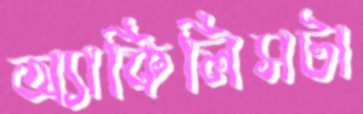
অ্যাকিলিসটা